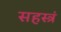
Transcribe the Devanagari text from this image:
सहस्त्रं